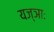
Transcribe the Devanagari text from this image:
यज्ञाः